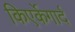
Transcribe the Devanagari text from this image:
किएर्केगार्द